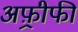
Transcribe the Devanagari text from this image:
अफ़्रीफी